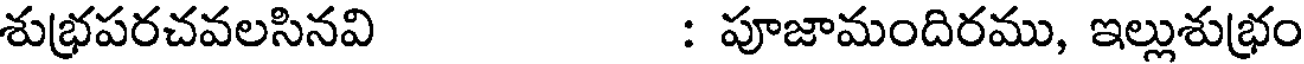
శుభ్రపరచవలసినవి : పూజామందిరము, ఇల్లుశుభ్రం